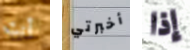
أنت أخبرتي إذا